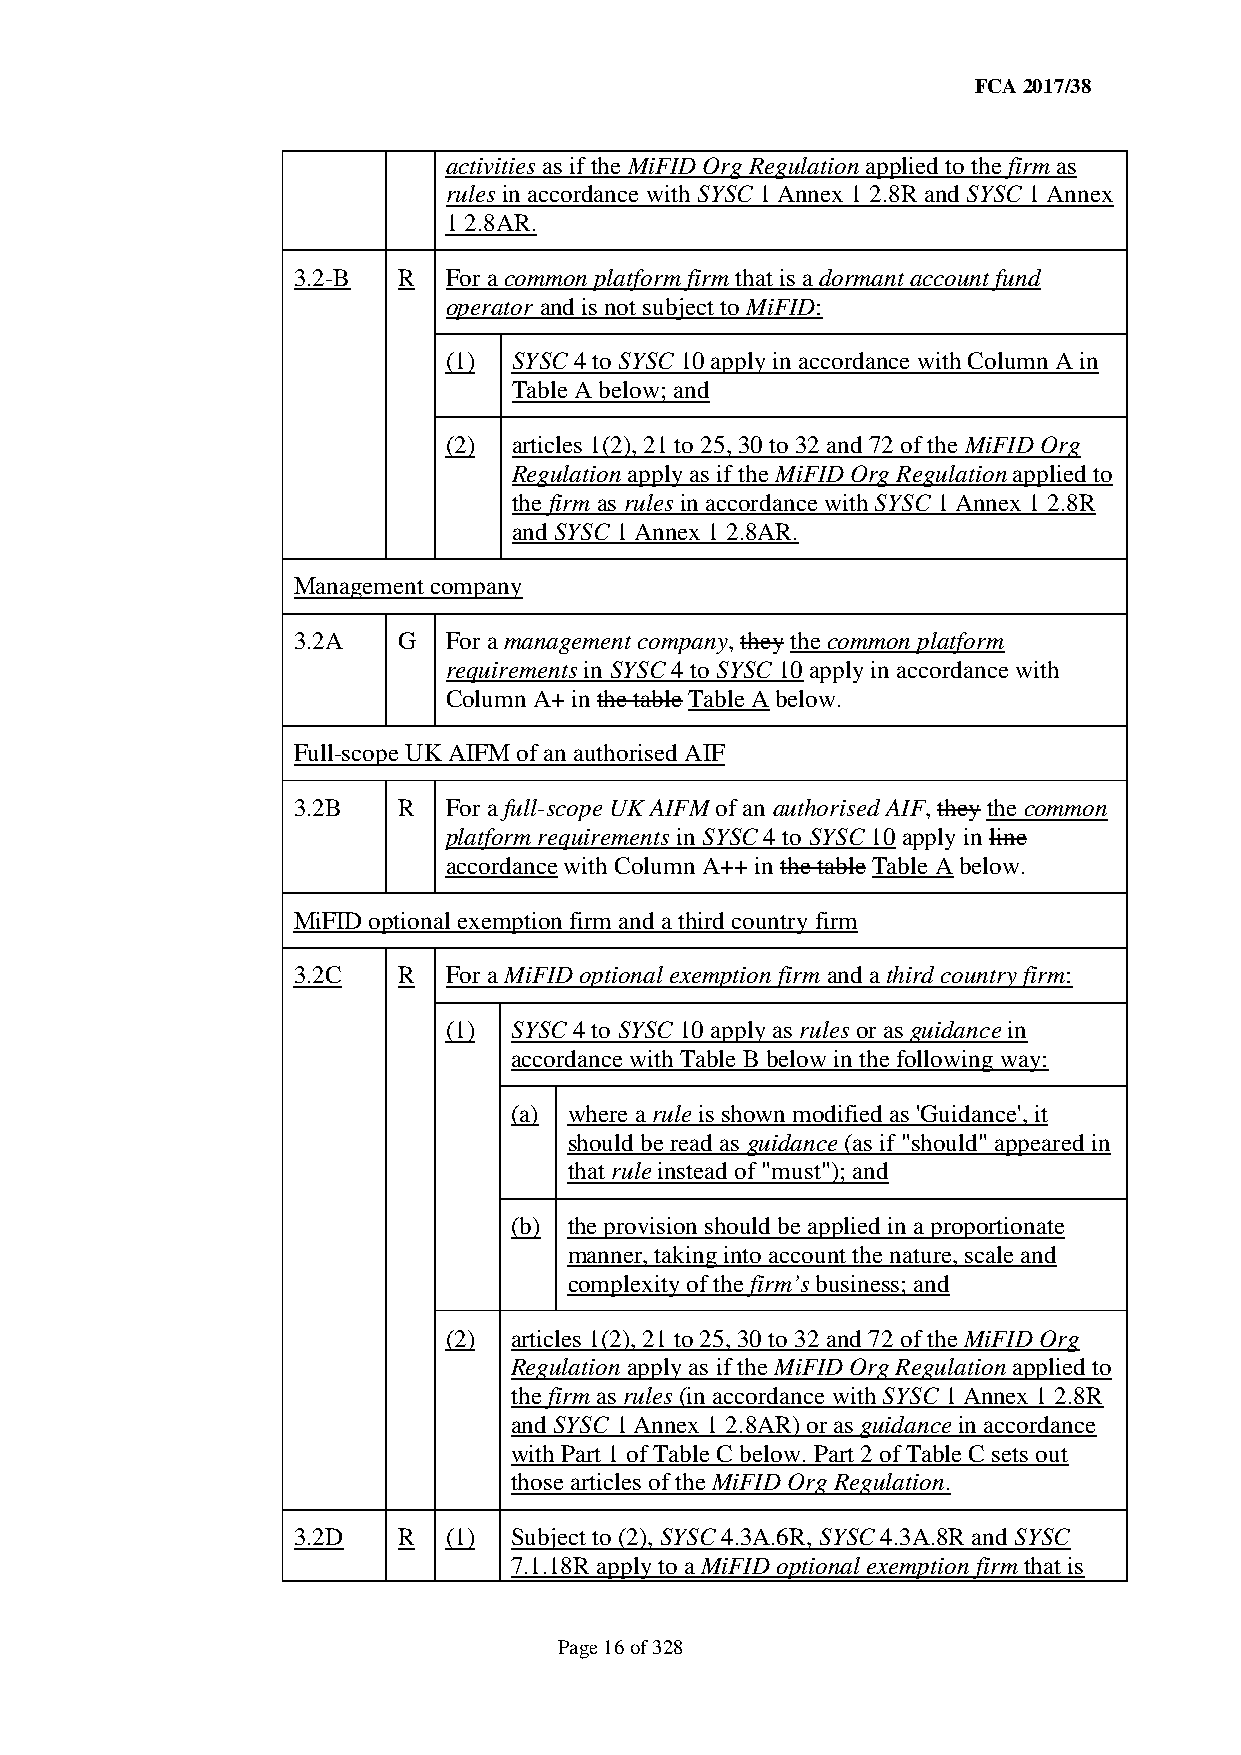
FCA 2017/38
 activities as if the MiFID Org Regulation applied to the firm as
 rules in accordance with SYSC 1 Annex 1 2.8R and SYSC 1 Annex
 1 2.8AR.
 3.2-B  R  For a common platform firm that is a dormant account fund
 operator and is not subject to MiFID:
 (1)  SYSC 4 to SYSC 10 apply in accordance with Column A in
 Table A below; and
 (2)  articles 1(2), 21 to 25, 30 to 32 and 72 of the MiFID Org
 Regulation apply as if the MiFID Org Regulation applied to
 the firm as rules in accordance with SYSC 1 Annex 1 2.8R
 and SYSC 1 Annex 1 2.8AR.
 Management company
 3.2A   G  For a management company, they the common platform
 requirements in SYSC 4 to SYSC 10 apply in accordance with
 Column A+ in the table Table A below.
 Full-scope UK AIFM of an authorised AIF
 3.2B   R  For a full-scope UK AIFM of an authorised AIF, they the common
 platform requirements in SYSC 4 to SYSC 10 apply in line
 accordance with Column A++ in the table Table A below.
 MiFID optional exemption firm and a third country firm
 3.2C   R  For a MiFID optional exemption firm and a third country firm:
 (1)  SYSC 4 to SYSC 10 apply as rules or as guidance in
 accordance with Table B below in the following way:
 (a) where a rule is shown modified as 'Guidance', it
 should be read as guidance (as if "should" appeared in
 that rule instead of "must"); and
 (b) the provision should be applied in a proportionate
 manner, taking into account the nature, scale and
 complexity of the firm’s business; and
 (2)  articles 1(2), 21 to 25, 30 to 32 and 72 of the MiFID Org
 Regulation apply as if the MiFID Org Regulation applied to
 the firm as rules (in accordance with SYSC 1 Annex 1 2.8R
 and SYSC 1 Annex 1 2.8AR) or as guidance in accordance
 with Part 1 of Table C below. Part 2 of Table C sets out
 those articles of the MiFID Org Regulation.
 3.2D   R  (1)  Subject to (2), SYSC 4.3A.6R, SYSC 4.3A.8R and SYSC
 7.1.18R apply to a MiFID optional exemption firm that is
 Page 16 of 328